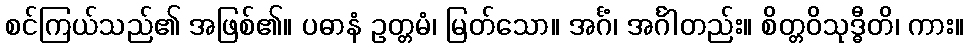
စင်ကြယ်သည်၏ အဖြစ်၏။ ပဓာနံ ဥတ္တမံ၊ မြတ်သော။ အင်္ဂံ၊ အင်္ဂါတည်း။ စိတ္တဝိသုဒ္ဓီတိ၊ ကား။